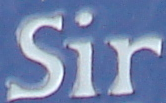
Sir